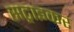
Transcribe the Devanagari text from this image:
सट्राइकर